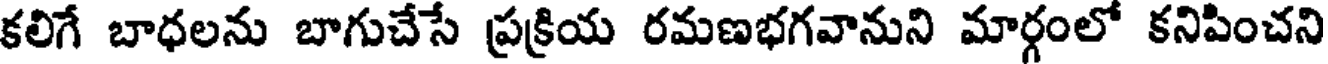
కలిగే బాధలను బాగుచేసే ప్రక్రియ రమణభగవానుని మార్గంలో కనిపించని